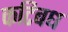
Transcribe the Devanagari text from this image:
कटिबध